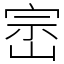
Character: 崈